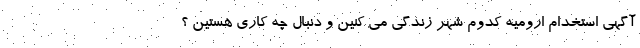
آگهی استخدام ارومیه کدوم شهر زندگی می کنین و دنبال چه کاری هستین ؟